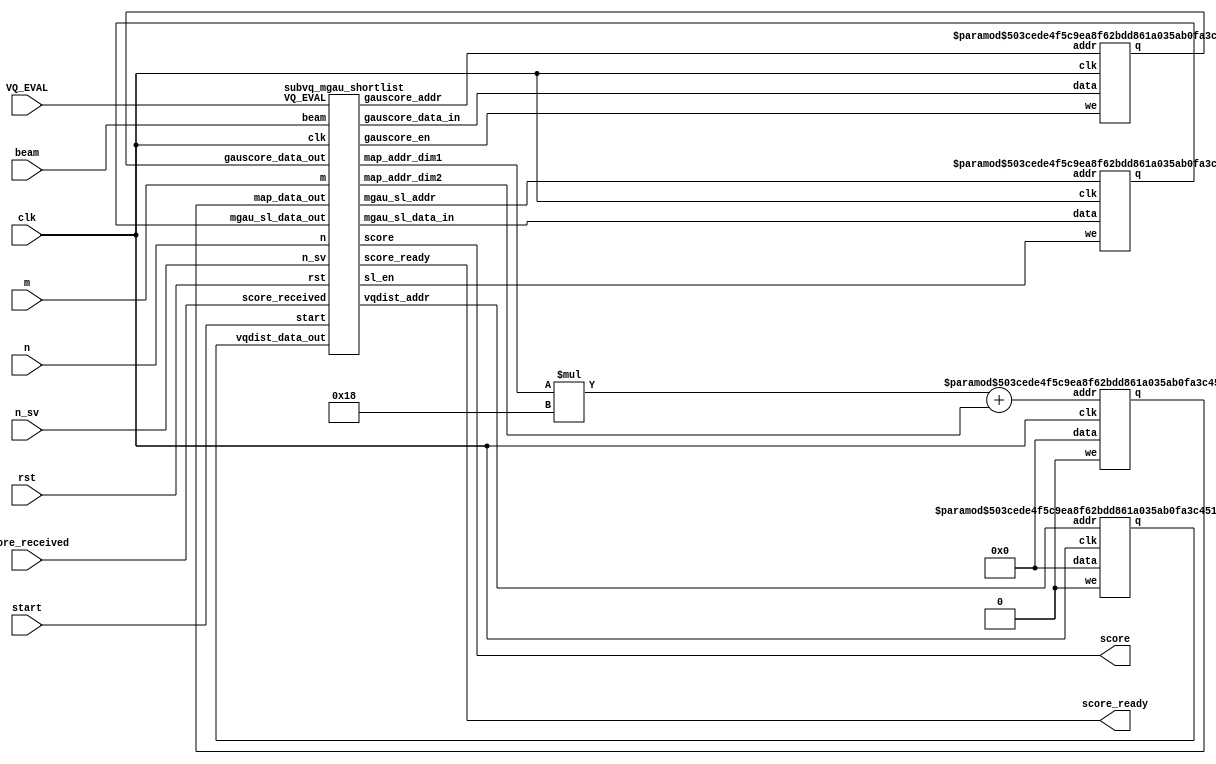
`define size_m 16
`define size_n 8

module sphinx_func3(start,clk,rst,n_sv,m,n,beam,score_received,score,score_ready,VQ_EVAL);
parameter data_width=32;
parameter addr_width=32;

input start,clk,rst;
input [data_width-1:0] n_sv;
input [data_width-1:0] m,n,beam;
input score_received;
input [1:0]VQ_EVAL;

output [data_width-1:0] score;
output score_ready;

wire NOT_ENABLED=0;
wire [data_width-1:0] NOT_USED=32'b0;

wire [addr_width-1:0]map_addr,map_addr_dim1,map_addr_dim2,vqdist_addr,gauscore_addr,mgau_sl_addr;

wire [data_width-1:0] gauscore_data_in,mgau_sl_data_in;
wire [data_width-1:0] map_data_out,vqdist_data_out,gauscore_data_out,mgau_sl_data_out;

wire gauscore_en,sl_en;

assign map_addr=map_addr_dim1*24+map_addr_dim2;
ram_map #(data_width,addr_width) array_map(NOT_USED,map_addr,NOT_ENABLED,clk,map_data_out);
ram_vqdist #(data_width,addr_width) array_vqdist(NOT_USED,vqdist_addr,NOT_ENABLED,clk,vqdist_data_out);
ram1 #(data_width,addr_width) array_gauscore(gauscore_data_in,gauscore_addr,gauscore_en,clk,gauscore_data_out);
ram1 #(data_width,addr_width) array_mgau_sl(mgau_sl_data_in,mgau_sl_addr,sl_en,clk,mgau_sl_data_out);

subvq_mgau_shortlist subvq_mgau_shortlist1(start,clk,rst,n_sv,m,n,beam,			
			map_addr_dim1,map_addr_dim2,map_data_out,
			vqdist_addr,vqdist_data_out,
			gauscore_data_in,gauscore_addr,gauscore_en,gauscore_data_out,
			mgau_sl_data_in,mgau_sl_addr,sl_en,mgau_sl_data_out,
			score_received,score,score_ready,VQ_EVAL);
endmodule

module subvq_mgau_shortlist(start,clk,rst,n_sv,m,n,beam,
			map_addr_dim1,map_addr_dim2,map_data_out,
			vqdist_addr,vqdist_data_out,
			gauscore_data_in,gauscore_addr,gauscore_en,gauscore_data_out,
			mgau_sl_data_in,mgau_sl_addr,sl_en,mgau_sl_data_out,
			score_received,score,score_ready,VQ_EVAL);
parameter data_width=32;
parameter addr_width=32;

input start,clk,rst;
input [data_width-1:0] n_sv;
input [data_width-1:0] m,n,beam;
//------------------------------------From/To Memory----------------------------------------------
output reg [addr_width-1:0] map_addr_dim1,map_addr_dim2,vqdist_addr,gauscore_addr,mgau_sl_addr;
output reg [data_width-1:0] gauscore_data_in,mgau_sl_data_in;
input  [data_width-1:0] map_data_out,vqdist_data_out,gauscore_data_out,mgau_sl_data_out;
output reg gauscore_en,sl_en;
//----------------------------------------------------------------------------------------
input score_received;
input [1:0]VQ_EVAL;

output reg [data_width-1:0] score;
output reg score_ready;
//----------------Memory address---------------------------------------------------------------------------

reg load_map_addr_dim2,load_vqdist_addr,load_gauscore_addr,load_mgau_sl_addr;
reg [addr_width-1:0] temp_map_addr_dim2,temp_vqdist_addr,temp_gauscore_addr,temp_mgau_sl_addr;
wire [addr_width-1:0] o_temp_map_addr_dim2,o_temp_vqdist_addr,o_temp_gauscore_addr,o_temp_mgau_sl_addr;

//------------------------------------------------------------------------------------

reg load_i,load_j,load_k,load_bv,load_v,load_th,load_nc;
reg [data_width-1:0] temp_bv,temp_v,temp_th,temp_nc;
wire [data_width-1:0] bv,v,th,nc;

reg [3:0] temp_i,temp_k;
wire [3:0] i,k;

reg [6:0]temp_j;
wire [6:0]j;


reg load_flag_inc_i;
reg  temp_flag_inc_i,clear_v;
wire flag_inc_i;



reg flag_case3_branch_vq,flag_case3_branch;

reg [8:0]state,next_state;
parameter state_init=8'd0,state_read_map=8'd1,state_read_vqdist=8'd2,state_write_gauscore_case1=8'd3,state_write_gauscore_case2=8'd4,state_update_bv=8'd5,state_inc_i=8'd6,
	state_final_loop_read_gauscore=8'd7,state_final_loop_cmp=8'd8,state_final_loop_write_sl=8'd9,state_final_loop_inc_i=8'd10,state_write_score=8'd11,
	state_write_score_wait=8'd12,state_done=8'd13,state_write_gauscore_case2_2=8'd14,state_write_gauscore_case2_3=8'd15,state_default_write=8'd16;

vdff #(4) i1(clk,load_i,temp_i,i);
vdff #(7) j1(clk,load_j,temp_j,j);
vdff #(4) k1(clk,load_k,temp_k,k);
vdff #(data_width) bv1(clk,load_bv,temp_bv,bv);
vdff #(data_width) v1(clk,load_v,temp_v,v);
vdff #(data_width) th1(clk,load_th,temp_th,th);
vdff #(data_width) nc1(clk,load_nc,temp_nc,nc);

vdff #(1)flag1(clk,load_flag_inc_i,temp_flag_inc_i,flag_inc_i);


	always @(*)
	begin
	//avoid latch. 
	//----------------------------------------------------------------------------	
	map_addr_dim1<=m;map_addr_dim2<=8'b0;vqdist_addr<=8'b0;gauscore_addr<=8'b0;mgau_sl_addr<=8'b0;
	
	gauscore_data_in<=0;mgau_sl_data_in<=0;
	gauscore_en<=0;sl_en<=0;

	load_i<=0;load_j<=0;load_k<=0;load_bv<=0;load_v<=0;load_th<=0;load_nc<=0;
	temp_i<=0;temp_j<=0;temp_k<=0;temp_bv<=0;temp_v<=0;temp_th<=0;temp_nc<=0;
	load_flag_inc_i<=0;
	temp_flag_inc_i<=0;

	score<=0;score_ready<=0;	
	//---------------------------------------------------------------------------	
	case(state)
	state_init:begin
		load_i<=1;load_j<=1;load_k<=1;load_bv<=1;load_v<=1;load_th<=1;load_nc<=1;		
		temp_bv<=32'd2147483648;
		load_flag_inc_i<=1;
		temp_flag_inc_i<=0;	
		flag_case3_branch_vq=0;flag_case3_branch=0;clear_v=0;
		
		next_state<=state_read_map;end	

	state_read_map:begin
		if(clear_v==1)
		load_v<=1;
		if(i<n)begin
		map_addr_dim2<=j;
		next_state<=state_read_vqdist;end
		else begin
		temp_th<=bv+beam;
		load_th<=1;	
		//empty nc,i by enable load(default temp values are always 0)		
		load_nc<=1;
		load_i<=1;	
		load_j<=1;			
		next_state<=state_final_loop_read_gauscore;end end
	
	state_read_vqdist:begin
		vqdist_addr<=map_data_out;			
		
		case(n_sv)
		1:begin temp_j<=j+1;load_j<=1;next_state<=state_write_gauscore_case1;clear_v=0; end
		2:begin temp_j<=j+1;load_j<=1;next_state<=state_write_gauscore_case2; clear_v=0;end
		3:begin 
			if(VQ_EVAL==1)begin
			temp_j<=j+3;load_j<=1;next_state<=state_write_gauscore_case1;clear_v=0;end
			else if(VQ_EVAL==2)begin
			temp_j<=j+1;load_j<=1;next_state<=state_write_gauscore_case2;flag_case3_branch_vq=1;clear_v=0;end
			else begin 
			temp_j<=j+1;load_j<=1; next_state<=state_write_gauscore_case2;flag_case3_branch=1;clear_v=0;end			
		end
		default:begin temp_j<=j+1;load_j<=1;temp_k<=k+1;load_k<=1;next_state<=state_default_write;clear_v=1;end
		endcase
		end
	
	state_default_write:begin
		if(k<n_sv)begin
		temp_v<=vqdist_data_out+v;
		load_v<=1;
		map_addr_dim2<=j;
		next_state<=state_read_vqdist;end
		else begin
		load_k<=1;
		gauscore_addr<=i;		
		gauscore_data_in<=v;
		gauscore_en<=1;			
		next_state<=state_update_bv;end end
	
	state_write_gauscore_case1:begin
		gauscore_addr<=i;		
		gauscore_data_in<=vqdist_data_out;
		gauscore_en<=1;		
		temp_v<=vqdist_data_out;		
		load_v<=1;
		next_state<=state_update_bv;end
	
	state_write_gauscore_case2:begin
		temp_v<=vqdist_data_out;		
		load_v<=1;
		map_addr_dim2<=j;
		next_state<=state_write_gauscore_case2_2;end
		
	state_write_gauscore_case2_2:begin
		vqdist_addr<=map_data_out;	
		temp_j<=j+1;
		load_j<=1;
		next_state<=state_write_gauscore_case2_3;end
		
	state_write_gauscore_case2_3:begin
		temp_v<=(vqdist_data_out<<(flag_case3_branch_vq))+ v;
		load_v<=1;
		
		case(flag_case3_branch)
		0:begin
		gauscore_addr<=i;		
		gauscore_data_in<=(vqdist_data_out<<(flag_case3_branch_vq))+v;
		gauscore_en<=1;
		if(flag_case3_branch_vq!=0)begin
		temp_j<=j+1;
		load_j<=1;
		flag_case3_branch_vq=0;end
		next_state<=state_update_bv;end
		1:begin
		map_addr_dim2<=j;
		next_state<=state_write_gauscore_case2_2;
		flag_case3_branch=0;end endcase  end
	
	state_update_bv:begin
		if(bv<v)begin
		temp_bv<=v;
		load_bv<=1;end
		temp_flag_inc_i<=1;
		load_flag_inc_i<=1;
		next_state<=state_inc_i;end	    
	
	state_final_loop_read_gauscore:begin	
		gauscore_addr<=i;
		next_state<=state_final_loop_cmp;end

	state_final_loop_cmp:begin
		if(i<n)begin
		if (gauscore_data_out>=th)begin
		mgau_sl_addr<=nc;
		mgau_sl_data_in<=i;
		sl_en<=1;
		temp_nc<=nc+1;
		load_nc<=1;
		end
		temp_flag_inc_i<=0;
		load_flag_inc_i<=1;
		next_state<=state_inc_i;end
		else begin
		mgau_sl_addr<=nc;
		mgau_sl_data_in<=-1;
		sl_en<=1;
		next_state<=state_write_score;end end	
	
	state_inc_i:begin
		temp_i<=i+1;
		load_i<=1;
		case(flag_inc_i)
		0:next_state<=state_final_loop_read_gauscore;
		1:next_state<=state_read_map;	
		endcase 
		load_flag_inc_i<=1;end

	state_write_score:begin
		score<=nc;
		score_ready<=1;
		if(score_received)
		next_state<=state_done;
		else
		next_state<=state_write_score;end
		
	state_done:begin
		if(start)
		next_state<=state_init;
		else
		next_state<=state_done;end
	endcase
	end
		
	always @(posedge clk) begin 
	  if (rst) begin 
	    state <= state_init;   // Initial state 
	  end else begin 
	    state <= next_state; 
	  end 
	end
endmodule 	

module vdff(clk,we,data,q);
parameter data_width=32;
input clk,we;
input [data_width-1:0] data;
output [data_width-1:0] q;

reg [data_width-1:0] q_r;
always @ (posedge clk)
begin
	if(we)
	q_r<=data;
end
assign q=q_r;
endmodule	


module ram_map (data,addr,we,clk,q);
parameter data_width=32;
parameter addr_width=8;
input [data_width-1:0] data;
input [addr_width-1:0] addr;
input we, clk;
output [data_width-1:0] q;

integer mymap [0:95];
reg [addr_width-1:0] addr_reg;	
initial begin
mymap[0]=5;
mymap[1]=3;
mymap[2]=7;
mymap[3]=9;
mymap[4]=6;
mymap[5]=1;
mymap[6]=8;
mymap[7]=5;
mymap[8]=1;
mymap[9]=0;
mymap[10]=7;
mymap[11]=9;
mymap[12]=12;
mymap[13]=19;
mymap[14]=23;
mymap[15]=25;
mymap[16]=28;
mymap[17]=9;
mymap[18]=28;
mymap[19]=26;
mymap[20]=10;
mymap[21]=7;
mymap[22]=15;
mymap[23]=11;         
mymap[24]=5;
mymap[25]=3;
mymap[26]=7;
mymap[27]=9;
mymap[28]=6;
mymap[29]=1;
mymap[30]=8;
mymap[31]=25;
mymap[32]=28;
mymap[33]=9;
mymap[34]=28;
mymap[35]=26;
mymap[36]=10;
mymap[37]=7;
mymap[38]=15;
mymap[39]=11;
mymap[40]=5;
mymap[41]=1;
mymap[42]=0;
mymap[43]=7;
mymap[44]=9;
mymap[45]=12;
mymap[46]=19;
mymap[47]=23;
mymap[48]=28;
mymap[49]=9;
mymap[50]=28;
mymap[51]=26;
mymap[52]=10;
mymap[53]=7;
mymap[54]=15;
mymap[55]=5;
mymap[56]=1;
mymap[57]=0;
mymap[58]=7;
mymap[59]=9;
mymap[60]=12;
mymap[61]=19;
mymap[62]=23;
mymap[63]=5;
mymap[64]=1;
mymap[65]=0;
mymap[66]=7;
mymap[67]=9;
mymap[68]=18;
mymap[69]=15;
mymap[70]=22;
mymap[71]=26;


end

always @ (posedge clk)
begin
	if (we)begin
	mymap[addr] <= data;
	end	
	addr_reg <= addr;	
	end	
assign q = mymap[addr_reg];	
endmodule 


module ram1(data,addr,we,clk,q);
parameter data_width=32;
parameter addr_width=8;
input [data_width-1:0] data;
input [addr_width-1:0] addr;
input we, clk;
output [data_width-1:0] q;

	
// Variable to hold the registered read address
reg [addr_width-1:0] addr_reg;
reg [data_width-1:0] ram[0:8];

initial begin

ram[0]=0;
ram[1]=0;
ram[2]=0;
ram[3]=0;
ram[4]=0;
ram[5]=0;
ram[6]=0;
ram[7]=0;
ram[8]=0;
end	
always @ (posedge clk)
begin
	if (we)begin
	ram[addr] <= data;
	end	
	addr_reg <= addr;		
	end
assign q = ram[addr_reg];
endmodule



module ram_vqdist(data,addr,we,clk,q);
parameter data_width=32;
parameter addr_width=8;

input [data_width-1:0] data;
input [addr_width-1:0] addr;
input we, clk;
output [data_width-1:0] q;

// Declare the RAM variable
integer ram[0:28];	
// Variable to hold the registered read address
reg [addr_width-1:0] addr_reg;

initial begin
ram[0]=-32'd71473;
ram[1]=-32'd120699;
ram[2]=-32'd178511;
ram[3]=-32'd406707;
ram[4]=-32'd408780;
ram[5]=-32'd208568;
ram[6]=-32'd133468;
ram[7]=-32'd125057;
ram[8]=-32'd285419;
ram[9]=-32'd89299;
ram[10]=-32'd78179;
ram[11]=-32'd395027;
ram[12]=-32'd370001;
ram[13]=-32'd147657;
ram[14]=-32'd128752;
ram[15]=-32'd83480;
ram[16]=-32'd235287;
ram[17]=-32'd89939;
ram[18]=-32'd203729;
ram[19]=-32'd140722;
ram[20]=-32'd426228;
ram[21]=-32'd102132;
ram[22]=-32'd81783;
ram[23]=-32'd117958;
ram[24]=-32'd105634;
ram[25]=-32'd269504;
ram[26]=-32'd130565;
ram[27]=-32'd212597;
ram[28]=-32'd80666;
end
always @ (posedge clk)
begin
	
	if (we)begin
	ram[addr] <= data;
	end	
	addr_reg <= addr;		
	end
assign q = ram[addr_reg];
endmodule